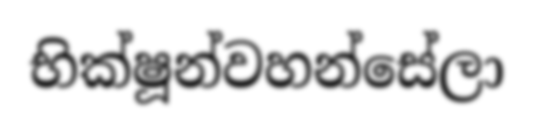
භික්ෂූන්වහන්සේලා